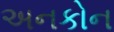
અનકોન